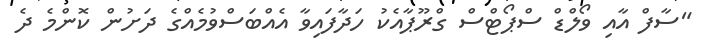
"ސާފް އާއި ވޯލްޑް ސްޕޯޓްސް ގްރޫޕާއެކު ހަދާފައިވާ އެއްބަސްވުމެއްގެ ދަށުން ކޮންމެ ދެ